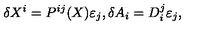
\delta X ^ { i } = P ^ { i j } ( X ) \varepsilon _ { j } , \delta A _ { i } = D _ { i } ^ { j } \varepsilon _ { j } ,